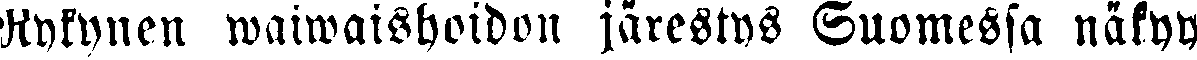
Rykynen waiwaishoidon järestys Suomessa näkyy